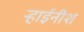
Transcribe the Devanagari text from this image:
र्‍हाईनीश